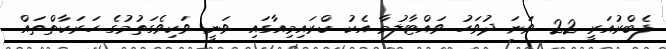
ފެބްރުއަރީ 22 ވަނަ ދުވަހު ވައްޓާލުމާ އެކު ކްރައިމިއާގައި ވަނީ ވަކިވެގަތުމުގެ ހަރަކާތްތައް